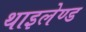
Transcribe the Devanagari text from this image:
थाइलेण्ड